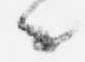
々